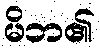
မိဘ၏